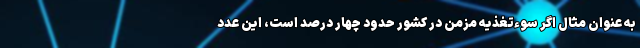
به عنوان مثال اگر سوءتغذیه مزمن در کشور حدود چهار درصد است، این عدد